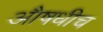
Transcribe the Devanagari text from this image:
औषधीच